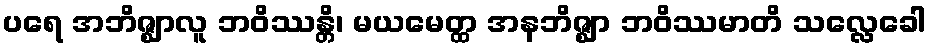
ပရေ အဘိဇ္ဈာလူ ဘဝိဿန္တိ၊ မယမေတ္ထ အနဘိဇ္ဈာ ဘဝိဿမာတိ သလ္လေခေါ